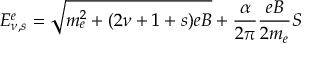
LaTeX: E _ { \nu , s } ^ { e } = \sqrt { m _ { e } ^ { 2 } + ( 2 \nu + 1 + s ) e B } + \frac { \alpha } { 2 \pi } \frac { e B } { 2 m _ { e } } S